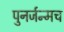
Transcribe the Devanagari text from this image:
पुनर्जन्मच